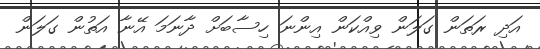
އަދި ރަތަން ގަލަން ވިއްކަން އިންނަ ހިސާބަށް ދާނަމަ އޭނާ އަތުން ގަލަން